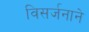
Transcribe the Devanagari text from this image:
विसर्जनाने